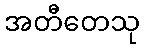
အတီတေသု